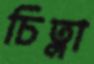
চিত্লা